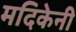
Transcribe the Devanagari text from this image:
मदिकेनी